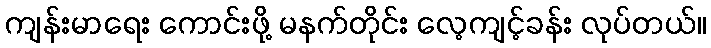
ကျန်းမာရေး ကောင်းဖို့ မနက်တိုင်း လေ့ကျင့်ခန်း လုပ်တယ်။